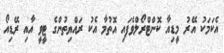
އެކަމަކު އޭރު މީޑިއާ ކޮންޓްރޯލްވެފައި އޮތުމާ އެކު ރައްޔިތުންގެ ޓީވީ އާއި ރޭޑިއޯ